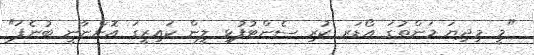
"މީ މިދިޔަ މަންތުގަ އޯޑަރ ކުރި ސެންޓުފުޅި ލީން ކައިރީގަ އޮންނާނީ ބުނެފަ"